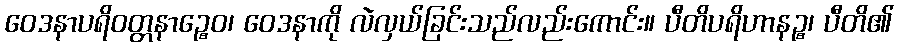
ဝေဒနာပရိဝတ္တနာဉ္စေဝ၊ ဝေဒနာကို လဲလှယ်ခြင်းသည်လည်းကောင်း။ ပီတိပရိဟာနဉ္စ၊ ပီတိ၏